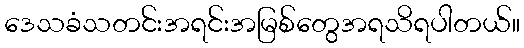
ဒေသခံသတင်းအရင်းအမြစ်တွေအရသိရပါတယ်။